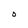
Character: O